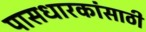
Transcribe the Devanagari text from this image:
पासधारकांसाठी